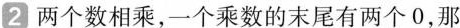
2 两个数相乘，一个乘数的末尾有两个0，那